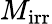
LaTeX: M_{\mathrm{irr}}